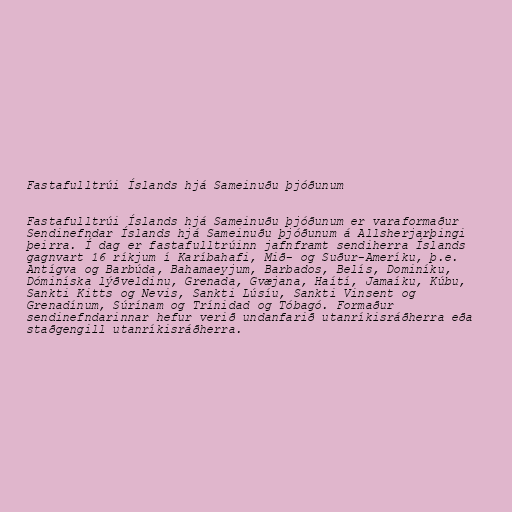
Fastafulltrúi Íslands hjá Sameinuðu þjóðunum

Fastafulltrúi Íslands hjá Sameinuðu þjóðunum er varaformaður
Sendinefndar Íslands hjá Sameinuðu þjóðunum á Allsherjarþingi
þeirra. Í dag er fastafulltrúinn jafnframt sendiherra Íslands
gagnvart 16 ríkjum í Karíbahafi, Mið- og Suður-Ameríku, þ.e.
Antígva og Barbúda, Bahamaeyjum, Barbados, Belís, Dominíku,
Dóminíska lýðveldinu, Grenada, Gvæjana, Haítí, Jamaíku, Kúbu,
Sankti Kitts og Nevis, Sankti Lúsíu, Sankti Vinsent og
Grenadínum, Súrínam og Trínidad og Tóbagó. Formaður
sendinefndarinnar hefur verið undanfarið utanríkisráðherra eða
staðgengill utanríkisráðherra.